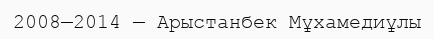
2008—2014 — Арыстанбек Мұхамедиұлы